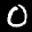
Label: 0